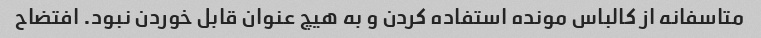
متاسفانه از کالباس مونده استفاده کردن و به هیچ عنوان قابل خوردن نبود. افتضاح